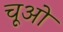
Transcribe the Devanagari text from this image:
चूओ